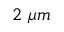
2 \ \mu m